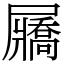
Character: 屫